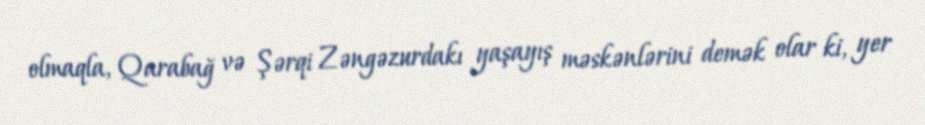
olmaqla, Qarabağ və Şərqi Zəngəzurdakı yaşayış məskənlərini demək olar ki, yer